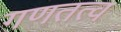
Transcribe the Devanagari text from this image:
गणतत्व